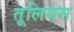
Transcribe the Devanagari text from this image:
तूलियस